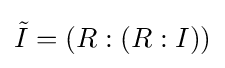
{\tilde {I}}=(R:(R:I))